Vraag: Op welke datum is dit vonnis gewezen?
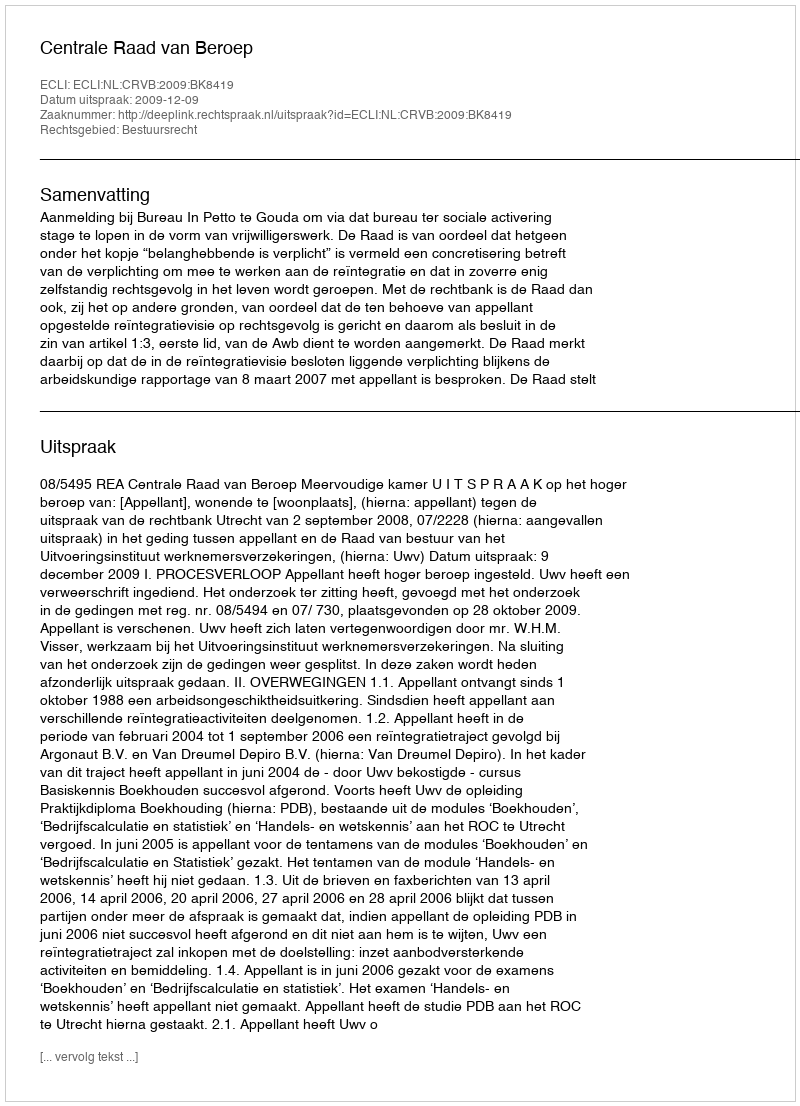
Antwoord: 2009-12-09